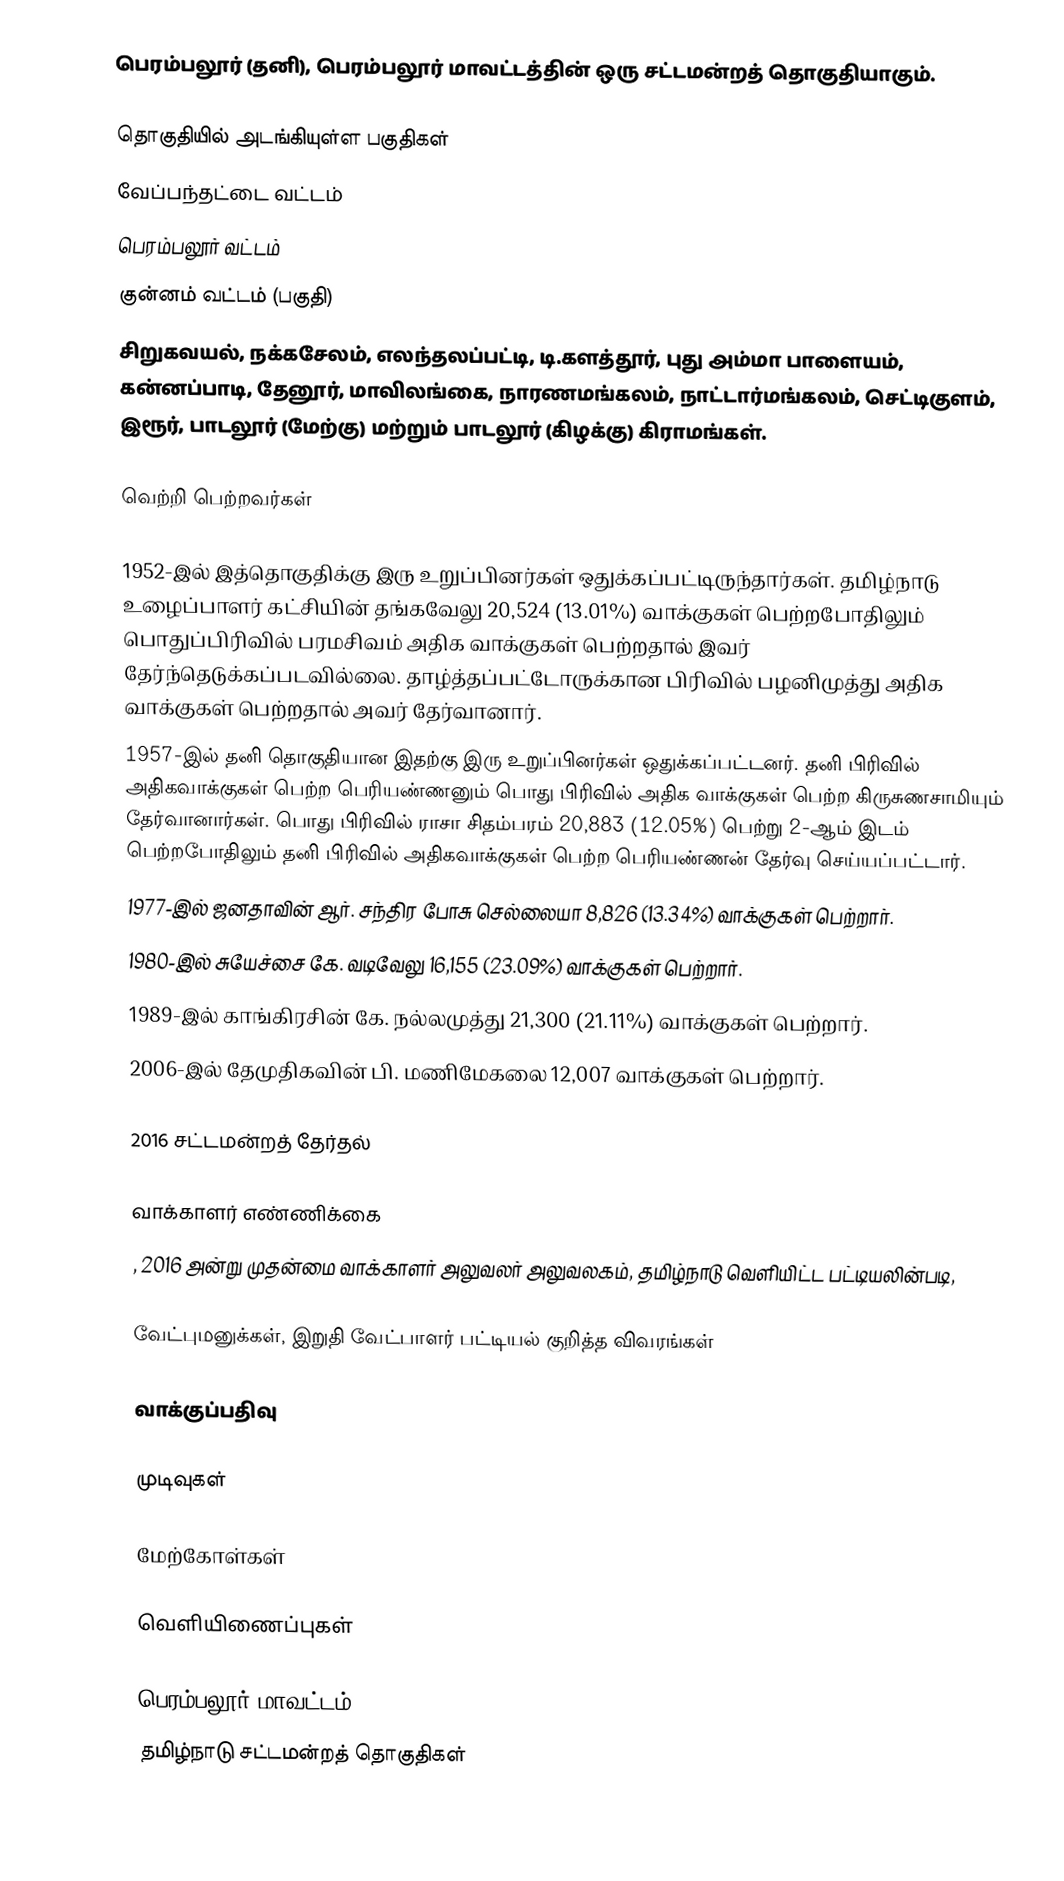
பெரம்பலூர் (தனி), பெரம்பலூர் மாவட்டத்தின் ஒரு சட்டமன்றத் தொகுதியாகும்.

தொகுதியில் அடங்கியுள்ள பகுதிகள்
வேப்பந்தட்டை வட்டம்
பெரம்பலூர் வட்டம்
குன்னம் வட்டம் (பகுதி)
சிறுகவயல், நக்கசேலம், எலந்தலப்பட்டி, டி.களத்தூர், புது அம்மா பாளையம், கன்னப்பாடி, தேனூர், மாவிலங்கை, நாரணமங்கலம், நாட்டார்மங்கலம், செட்டிகுளம், இரூர், பாடலூர் (மேற்கு) மற்றும் பாடலூர் (கிழக்கு) கிராமங்கள்.

வெற்றி பெற்றவர்கள்

1952-இல் இத்தொகுதிக்கு இரு உறுப்பினர்கள் ஒதுக்கப்பட்டிருந்தார்கள். தமிழ்நாடு உழைப்பாளர் கட்சியின் தங்கவேலு 20,524 (13.01%) வாக்குகள் பெற்றபோதிலும் பொதுப்பிரிவில் பரமசிவம் அதிக வாக்குகள் பெற்றதால் இவர் தேர்ந்தெடுக்கப்படவில்லை.  தாழ்த்தப்பட்டோருக்கான பிரிவில் பழனிமுத்து அதிக வாக்குகள் பெற்றதால் அவர் தேர்வானார்.
1957-இல் தனி தொகுதியான இதற்கு இரு உறுப்பினர்கள் ஒதுக்கப்பட்டனர். தனி பிரிவில் அதிகவாக்குகள் பெற்ற பெரியண்ணனும் பொது பிரிவில் அதிக வாக்குகள் பெற்ற கிருசுணசாமியும் தேர்வானார்கள். பொது பிரிவில் ராசா சிதம்பரம் 20,883 (12.05%) பெற்று 2-ஆம் இடம் பெற்றபோதிலும் தனி பிரிவில் அதிகவாக்குகள் பெற்ற பெரியண்ணன் தேர்வு செய்யப்பட்டார்.
1977-இல் ஜனதாவின் ஆர். சந்திர போசு செல்லையா 8,826 (13.34%) வாக்குகள் பெற்றார்.
1980-இல் சுயேச்சை கே. வடிவேலு 16,155 (23.09%) வாக்குகள் பெற்றார்.
1989-இல் காங்கிரசின் கே. நல்லமுத்து 21,300 (21.11%) வாக்குகள் பெற்றார்.
2006-இல் தேமுதிகவின் பி. மணிமேகலை 12,007 வாக்குகள் பெற்றார்.

2016 சட்டமன்றத் தேர்தல்

வாக்காளர் எண்ணிக்கை
, 2016 அன்று முதன்மை வாக்காளர் அலுவலர் அலுவலகம், தமிழ்நாடு வெளியிட்ட பட்டியலின்படி,

வேட்புமனுக்கள், இறுதி வேட்பாளர் பட்டியல் குறித்த விவரங்கள்

வாக்குப்பதிவு

முடிவுகள்

மேற்கோள்கள்

வெளியிணைப்புகள்

பெரம்பலூர் மாவட்டம்
தமிழ்நாடு சட்டமன்றத் தொகுதிகள்